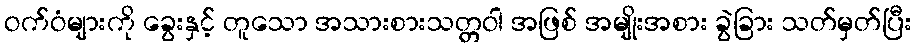
ဝက်ဝံများကို ခွေးနှင့် တူသော အသားစားသတ္တဝါ အဖြစ် အမျိုးအစား ခွဲခြား သတ်မှတ်ပြီး